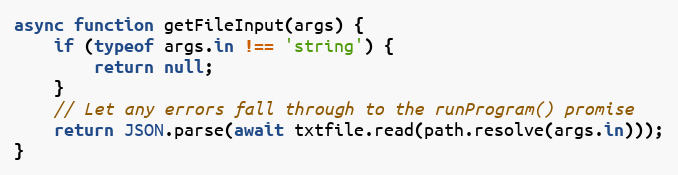
Language: JavaScript
async function getFileInput(args) {
    if (typeof args.in !== 'string') {
        return null;
    }
    // Let any errors fall through to the runProgram() promise
    return JSON.parse(await txtfile.read(path.resolve(args.in)));
}